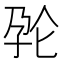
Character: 𱙺